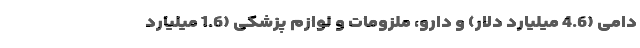
دامی (4.6 میلیارد دلار) و دارو، ملزومات و لوازم پزشکی (1.6 میلیارد